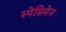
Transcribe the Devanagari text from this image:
स्पेसिमेन